Leaving Certificate Examination (including Day School Certificate (Higher) General paper), 1939
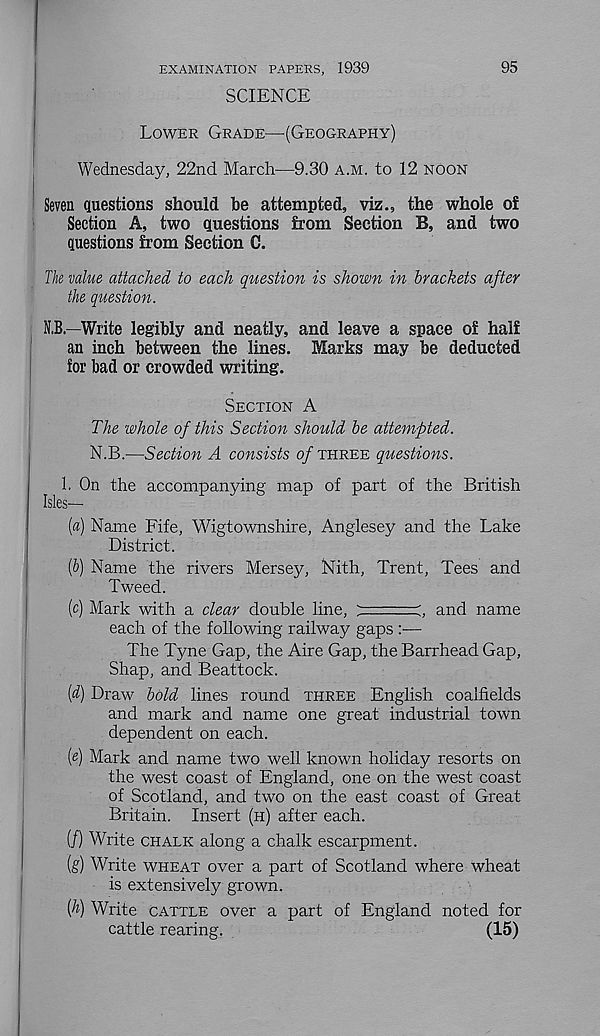
EXAMINATION PAPERS, 1939
SCIENCE
95
Lower Grade—(Geography)
Wednesday, 22nd March—9.30 a.m. to 12 noon
Seven questions should be attempted, viz., the whole of
Section A, two questions from Section B, and two
questions from Section C.
The value attached to each question is shown in brackets after
the question.
N.B—Write legibly and neatly, and leave a space of half
an inch between the lines. Marks may be deducted
for bad or crowded writing.
Section A
The whole of this Section should be attempted.
N.B.—Section A consists o/three questions.
1. On the accompanying map of part of the British
Isles—
[a) Name Fife, Wigtownshire, Anglesey and the Lake
District.
if) Name the rivers Mersey, Nith, Trent, Tees and
Tweed.
(c) Mark with a clear double line, : =
and name
each of the following railway gaps
The Tyne Gap, the Aire Gap, the Barrhead Gap,
Shap, and Beattock.
id) Draw bold lines round three English coalfields
and mark and name one great industrial town
dependent on each.
[e) Mark and name two well known holiday resorts on
the west coast of England, one on the west coast
of Scotland, and two on the east coast of Great
Britain. Insert (h) after each.
(/) Write chalk along a chalk escarpment.
(g) Write wheat over a part of Scotland where wheat
is extensively grown.
[h) Write cattle over a part of England noted for
cattle rearing.
(15)